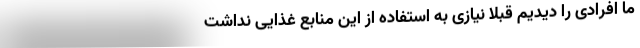
ما افرادی را دیدیم قبلا نیازی به استفاده از این منابع غذایی نداشت